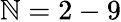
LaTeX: \mathbb{N}=2-9